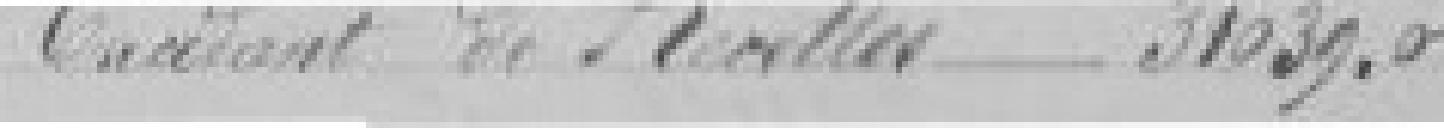
Excédant de Recettes       31.039,05